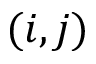
( i , j )